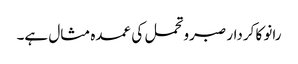
رانو کا کردار صبروتحمل کی عمدہ مثال ہے۔